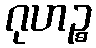
ဂုဟဉ္စ